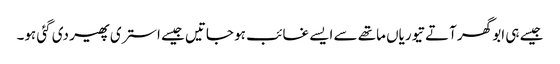
جیسے ہی ابو گھر آتے تیوریاں ماتھے سے ایسے غائب ہو جاتیں جیسے استری پھیر دی گئی ہو۔